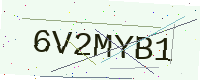
Text: 6V2MYB1